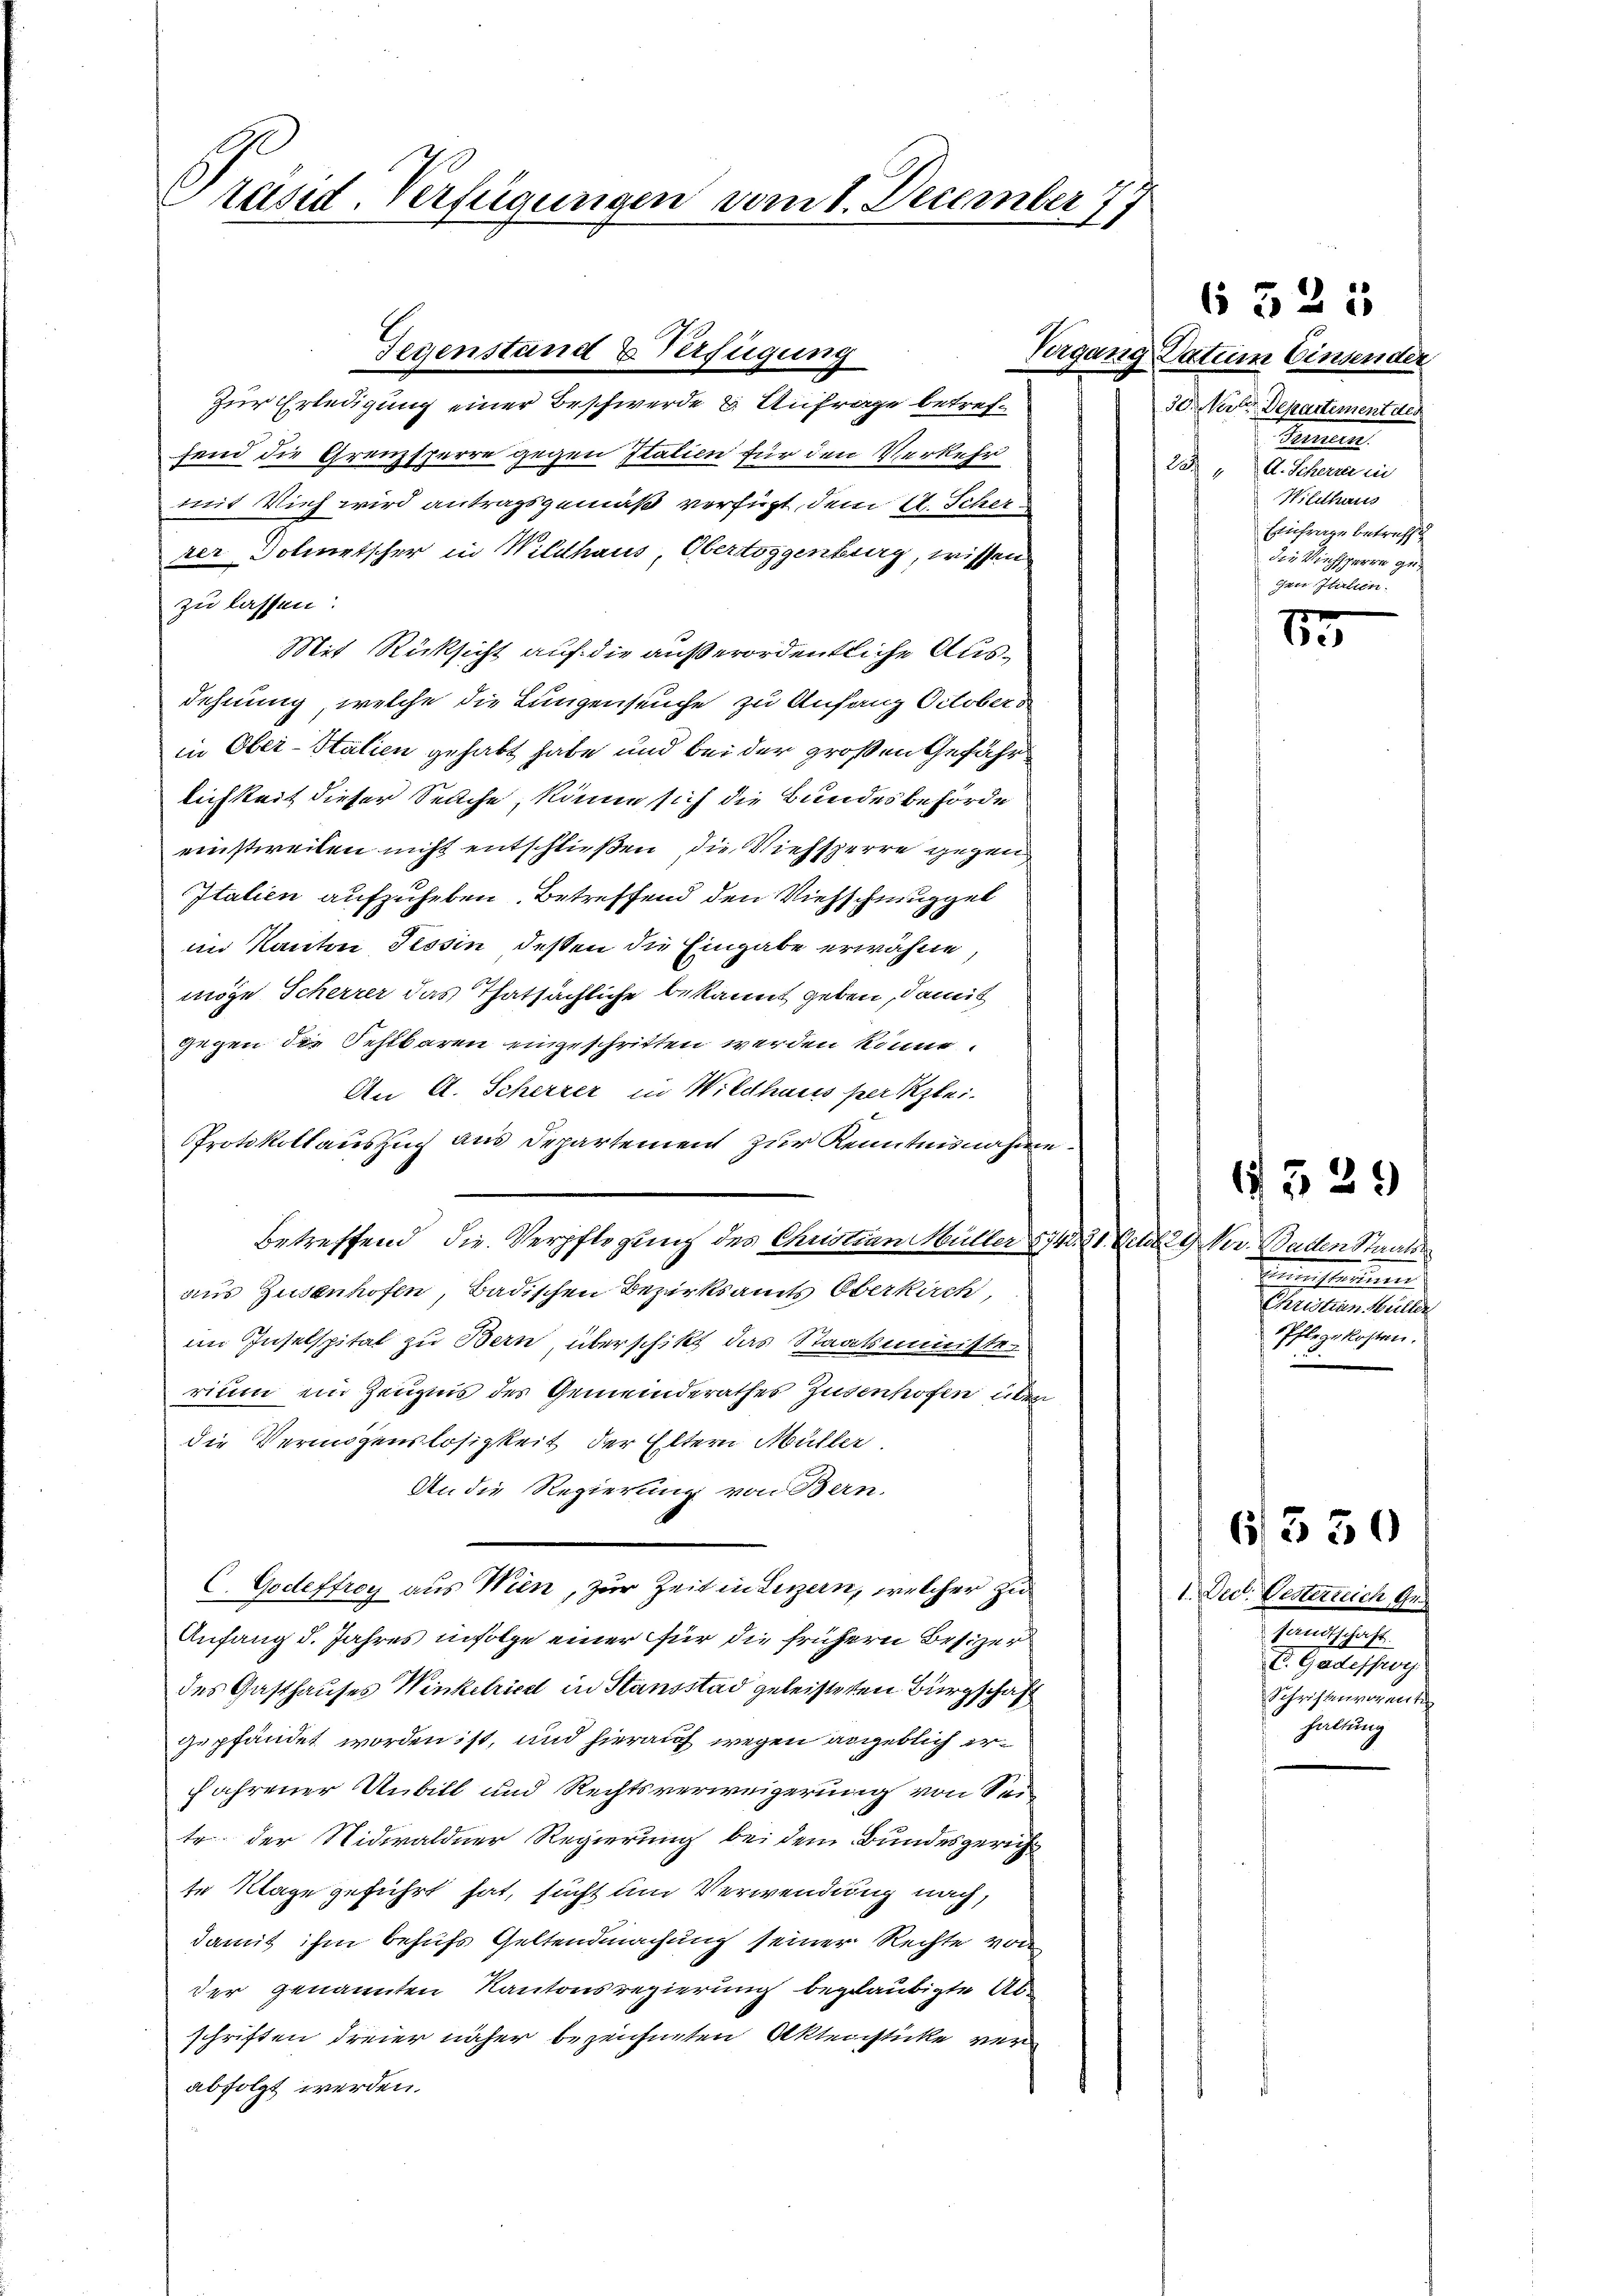
Präsid. Verfügungen vom 1. December 177

Zur Erledigung einer Beschwerde u. Anfrage betreffend die Grenzsperre gegen Italien für den Verkehr
mit Vieh wird antragsgemäß verfügt, dem 4. Scherrer Dolmetscher in Wildhaus, Obertoggenburg, wissen
zu lassen:
Mit Rücksicht auf die außerordentliche Ausdehnung, welche die Lungenseuche zu Anfang Octobers
in Ober-Stalien gehabt habe und bei der großen Gefähr
lichkeit dieser Selche, könne sich die Bundesbehörde
einstweilen nicht entschließen, die Viehsperre gegen
Italien aufzuheben. Betreffend den Viehschmuggel
im Kanton Tessin dessen die Eingabe erwähne,
möge Scherrer das Thatsächliche bekannt geben, damit
gegen die Fehlbaren eingeschritten werden könne.
An A. Scherzer in Wildhaus per lei¬
Protokollauszug aus Departement zur Kenntnisnahme
Betreffend die Verpflegung des Christian Müller 1743. 21. Den 29. Nov. Baden Staatsa
aus Zusenhofen, Badischen Bezirksamts Oberkirch
im Inselspital zu Bern, überschikt das Staatsministe
rium ein Zeugnis des Gemeinderathes Zusenhofen über
die Vermögenslosigkeit der Eltern Müller
An die Regierung von Bern.
C. Godeftroy aus Wien, zur Zeit in Luzern, welcher zu
Anfang d. Jahres infolge einer für die frühern Besizer
des Gasthauses Winkelricht in Standstad geleisteren Bürgschaft
gepfändet worden ist, und hierauf wegen angeblich er¬
Jahrener Unbill und Rechtsverweigerung von Sei
te der Nidwaldner Regierung bei dem Bundesgericht
te Klage geführt hat, sucht um Verwendung nach,
damit ihm behufs Geltendmachung seiner Rechte von
der genannten Kantonsregierung beglaubigte Abschriften dreier näher bezeichneten Aktensticke verabfolgt werden.

Gegenstand & Verfügung

6 525

Vergang Datum Einsender
30 et Departement der
Meer
22. A. Schern in
Wildhaus
Einfrage betreff
die Viehsperre gegen Italien.

1 x
e

Erneuester unte
Christian Müller
Pflegekosten.

1329

1. Dec. Gesterreich Ges
Gaugshalte
E. Gradesper
Schriftenvorante
haltung

6350